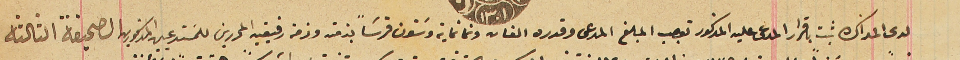
لدى المذاكره ثبت باقرار المدعى عليه المذكور توجب المبلغ المدعى وقدره الفان وتمانماية وسَتون قرشاً بذمته وذمة رفيقيه المحررين للمسَتدعين  المذكورين الصحيفة الثالثة